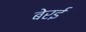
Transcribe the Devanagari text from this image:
बेरई